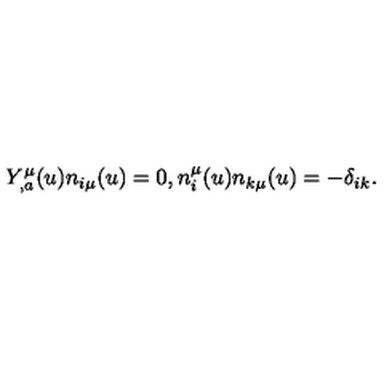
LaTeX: Y _ { , a } ^ { \mu } ( u ) n _ { i \mu } ( u ) = 0 , n _ { i } ^ { \mu } ( u ) n _ { k \mu } ( u ) = - \delta _ { i k } .